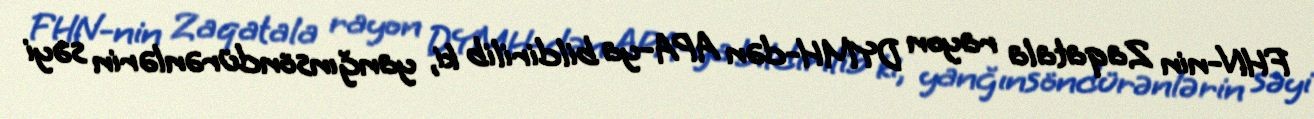
FHN-nin Zaqatala rayon DYMH-dən APA-ya bildirilib ki, yanğınsöndürənlərin səyi